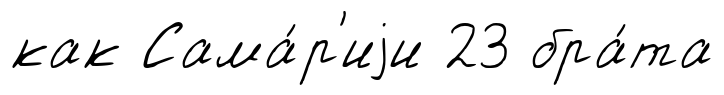
как Сама́р'иjи 23 бра́та